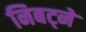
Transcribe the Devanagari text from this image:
निबट्ने